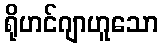
ရိုဟင်ဂျာဟူသော